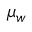
{ \mu } _ { w }